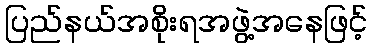
ပြည်နယ်အစိုးရအဖွဲ့အနေဖြင့်